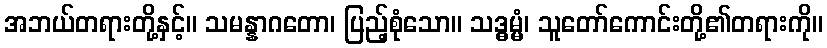
အဘယ်တရားတို့နှင့်။ သမန္နာဂတော၊ ပြည့်စုံသော။ သဒ္ဓမ္မံ၊ သူတော်ကောင်းတို့၏တရားကို။